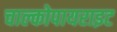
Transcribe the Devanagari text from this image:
चाल्कोपायराइट